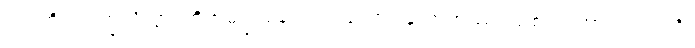
ကုပ္ပတိ၊ ဥပက္ခလိတွာ၊ တိုက်မိ၍ ချော်လဲလသော်။ ခါဏုကဿ၊ သစ်ငုတ်အား။ ကုပ္ပတိ၊